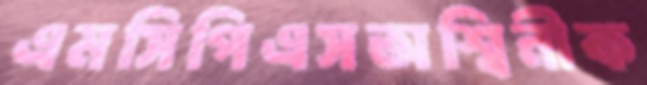
এমসিপিএসঅশ্বিনীক